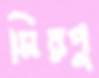
মিরপু